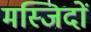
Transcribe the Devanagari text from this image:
मस्‍जिदों